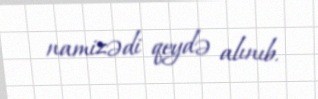
namizədi qeydə alınıb.